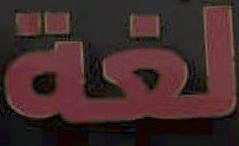
لغة